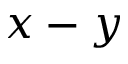
x - y